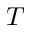
T